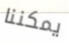
يمكننا